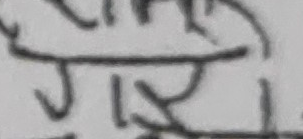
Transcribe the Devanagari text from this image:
गार